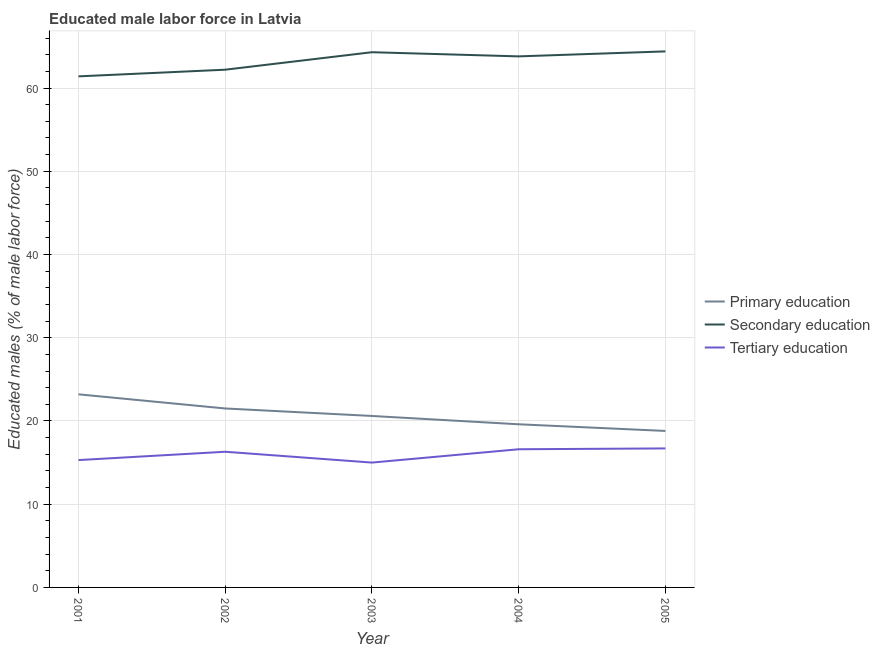
| Year | Primary education | Secondary education | Tertiary education |
 | --- | --- | --- | --- |
 | 2001 | 23.2 | 61.4 | 15.3 |
 | 2002 | 21.5 | 62.2 | 16.3 |
 | 2003 | 20.6 | 64.3 | 15 |
 | 2004 | 19.6 | 63.8 | 16.6 |
 | 2005 | 18.8 | 64.4 | 16.7 |